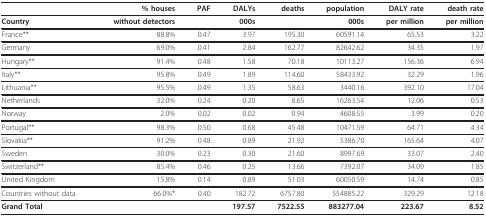
<table><thead><tr><td></td><td><b>% houses</b></td><td><b>PAF</b></td><td><b>DALYs</b></td><td><b>deaths</b></td><td><b>population</b></td><td><b>DALY rate</b></td><td><b>death rate</b></td></tr></thead><tbody><tr><td><b>Country</b></td><td><b>without detectors</b></td><td></td><td><b>000s</b></td><td></td><td><b>000s</b></td><td><b>per million</b></td><td><b>per million</b></td></tr><tr><td>France**</td><td>88.8%</td><td>0.47</td><td>3.97</td><td>195.30</td><td>60591.14</td><td>65.53</td><td>3.22</td></tr><tr><td>Germany</td><td>69.0%</td><td>0.41</td><td>2.84</td><td>162.77</td><td>82642.62</td><td>34.35</td><td>1.97</td></tr><tr><td>Hungary**</td><td>91.4%</td><td>0.48</td><td>1.58</td><td>70.18</td><td>10113.27</td><td>156.36</td><td>6.94</td></tr><tr><td>Italy**</td><td>95.8%</td><td>0.49</td><td>1.89</td><td>114.60</td><td>58433.92</td><td>32.29</td><td>1.96</td></tr><tr><td>Lithuania**</td><td>95.5%</td><td>0.49</td><td>1.35</td><td>58.63</td><td>3440.16</td><td>392.10</td><td>17.04</td></tr><tr><td>Netherlands</td><td>32.0%</td><td>0.24</td><td>0.20</td><td>8.65</td><td>16263.54</td><td>12.06</td><td>0.53</td></tr><tr><td>Norway</td><td>2.0%</td><td>0.02</td><td>0.02</td><td>0.94</td><td>4608.55</td><td>3.99</td><td>0.20</td></tr><tr><td>Portugal**</td><td>98.3%</td><td>0.50</td><td>0.68</td><td>45.48</td><td>10471.59</td><td>64.71</td><td>4.34</td></tr><tr><td>Slovakia**</td><td>91.2%</td><td>0.48</td><td>0.89</td><td>21.92</td><td>5386.70</td><td>165.64</td><td>4.07</td></tr><tr><td>Sweden</td><td>30.0%</td><td>0.23</td><td>0.30</td><td>21.60</td><td>8997.69</td><td>33.07</td><td>2.40</td></tr><tr><td>Switzerland**</td><td>85.4%</td><td>0.46</td><td>0.25</td><td>13.66</td><td>7392.07</td><td>34.09</td><td>1.85</td></tr><tr><td>United Kingdom</td><td>15.8%</td><td>0.14</td><td>0.89</td><td>51.03</td><td>60050.59</td><td>14.74</td><td>0.85</td></tr><tr><td>Countries without data</td><td>66.0%*</td><td>0.40</td><td>182.72</td><td>6757.80</td><td>554885.22</td><td>329.29</td><td>12.18</td></tr><tr><td><b>Grand Total</b></td><td></td><td></td><td><b>197.57</b></td><td><b>7522.55</b></td><td><b>883277.04</b></td><td><b>223.67</b></td><td><b>8.52</b></td></tr></tbody></table>